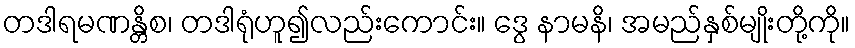
တဒါရမဏန္တိစ၊ တဒါရုံဟူ၍လည်းကောင်း။ ဒွေ နာမနိ၊ အမည်နှစ်မျိုးတို့ကို။